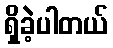
ရှိခဲ့ပါတယ်